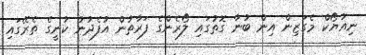
ނިއުޔޯކް މެގަޒިން އިން ބުނާ ގޮތުގައި ލޯރެންގެ ފަރާތުން އުފެދުނު ކުނީގެ ތެރޭގައި